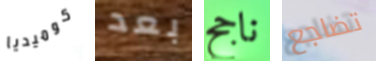
كوميديا بعد ناجح تضاجع